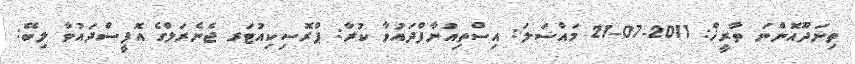
ތިނަދޫއޮންނަ ތާރީޚް: 2011-07-21 މައްސަލަ: އިސްތިއުނާފްދައުވާ ކުރާ: ޕްރޮސިކިއުޓަރ ޖެނެރަލްގެ އޮފީސްދައުވާ ލިބޭ: